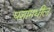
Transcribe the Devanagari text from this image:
घशामधील